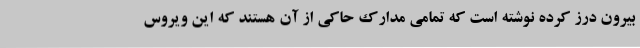
بیرون درز کرده نوشته است که تمامی مدارک حاکی از آن هستند که این ویروس